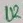
Text: U2